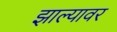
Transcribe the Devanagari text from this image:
झाल्‍यावर